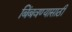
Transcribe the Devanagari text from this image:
बिंबवण्यासाठी